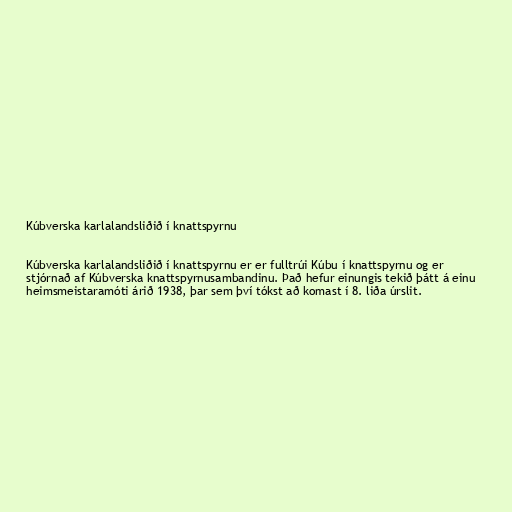
Kúbverska karlalandsliðið í knattspyrnu

Kúbverska karlalandsliðið í knattspyrnu er er fulltrúi Kúbu í knattspyrnu og er
stjórnað af Kúbverska knattspyrnusambandinu. Það hefur einungis tekið þátt á einu
heimsmeistaramóti árið 1938, þar sem því tókst að komast í 8. liða úrslit.